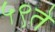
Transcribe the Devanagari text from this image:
५९ते